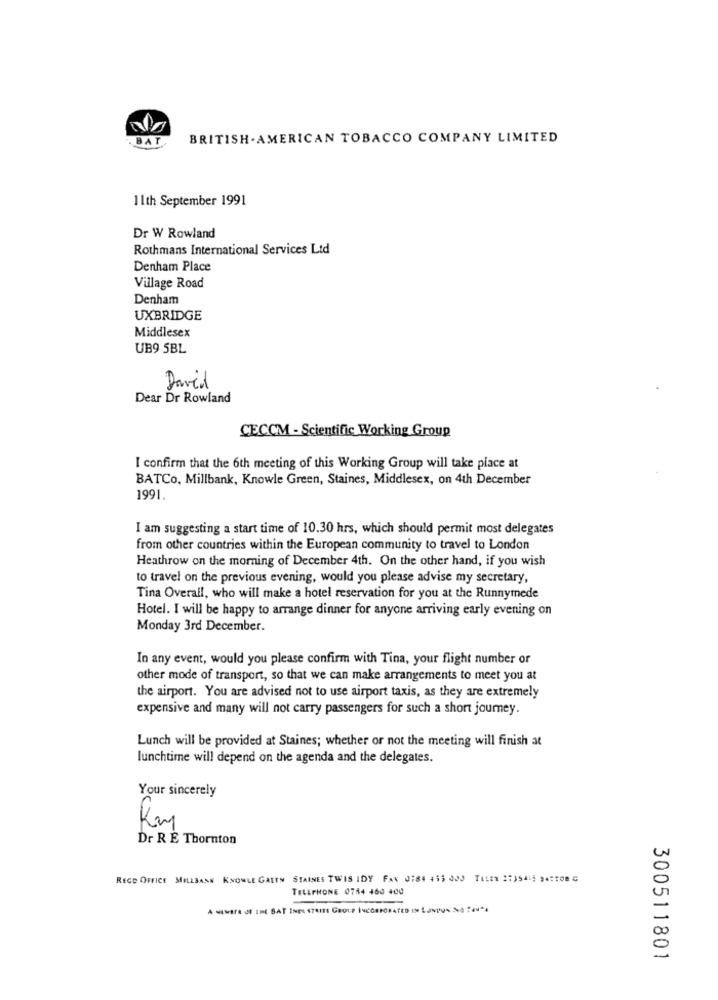
BAT
BRITISH . AMERICAN TOBACCO COMPANY LIMITED
11th September 1991
Dr W Rowland
Rothmans International Services Ltd
Denham Place
Village Road
Denham
UXBRIDGE
Middlesex
UB9 5BL
David
Dear Dr Rowland
CECCM - Scientific Working Group
I confirm that the 6th meeting of this Working Group will take place at
BATCo, Millbank, Knowle Green, Staines, Middlesex, on 4th December
1991.
I am suggesting a start time of 10.30 hrs, which should permit most delegates
from other countries within the European community to travel to London
Heathrow on the morning of December 4th. On the other hand, if you wish
to travel on the previous evening, would you please advise my secretary,
Tina Overall, who will make a hotel reservation for you at the Runnymede
Hotel. I will be happy to arrange dinner for anyone arriving early evening on
Monday 3rd December.
In any event, would you please confirm with Tina, your flight number or
other mode of transport, so that we can make arrangements to meet you at
the airport. You are advised not to use airport taxis, as they are extremely
expensive and many will not carry passengers for such a short journey.
Lunch will be provided at Staines; whether or not the meeting will finish at
lunchtime will depend on the agenda and the delegates.
Your sincerely
Rm
Dr R È Thornton
RECE OFFICE MILLBANK KNOWLE GARTH STAINES TWIS IDY FAX 0784 455 000 TELEX 2:15415 9427086
TELEPHONE 0784 460 400
A wENErs OF THE BAT INDUSTRITS GROUP INCORPORATED IN LUSUR
300511801